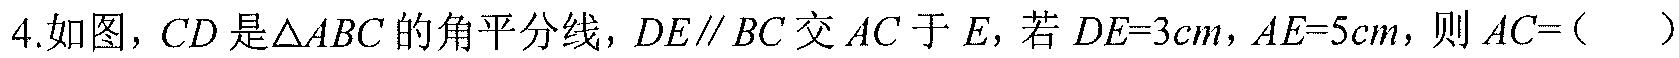
4.如图，$CD$是$\triangle ABC$的角平分线，$DE\parallel BC$交$AC$于$E$，若$DE = 3cm$，$AE = 5cm$，则$AC = ($  )